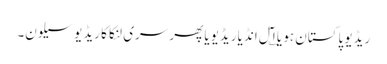
ریڈیو پاکستان ہو یا ا؎ٓل انڈیا ریڈیویا پھر سری لنکا کا ریڈیو سیلون۔